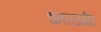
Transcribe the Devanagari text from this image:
धनराजगीर